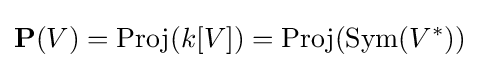
\mathbf {P} (V)=\operatorname {Proj} (k[V])=\operatorname {Proj} (\operatorname {Sym} (V^{*}))